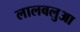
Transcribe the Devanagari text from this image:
लालबलुआ